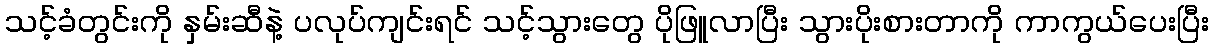
သင့်ခံတွင်းကို နှမ်းဆီနဲ့ ပလုပ်ကျင်းရင် သင့်သွားတွေ ပိုဖြူလာပြီး သွားပိုးစားတာကို ကာကွယ်ပေးပြီး